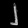
Digit: ၂